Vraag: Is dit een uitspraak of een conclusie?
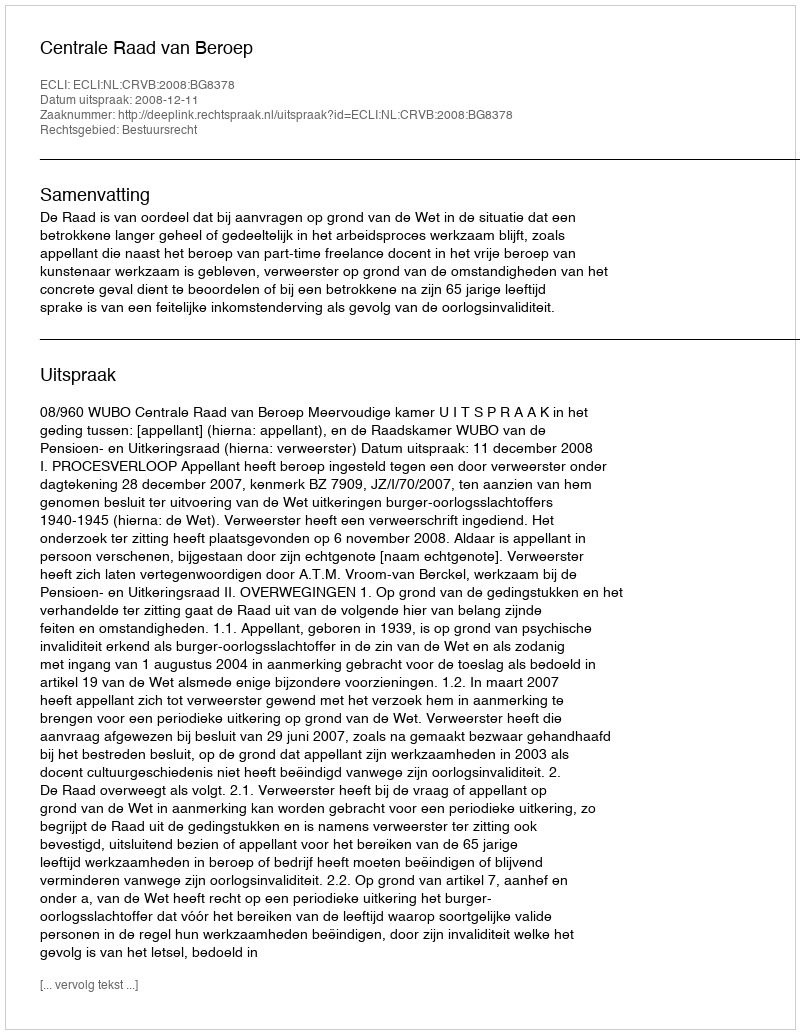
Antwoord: Uitspraak